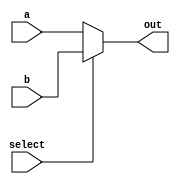
`timescale 1ns / 1ps
//////////////////////////////////////////////////////////////////////////////////
// Company: 
// Engineer: 
// 
// Design Name: 
// Module Name: mux
// Project Name: 
// Target Devices: 
// Tool Versions: 
// Description: 
// 
// Dependencies: 
// 
// Revision:
// Revision 0.01 - File Created
// Additional Comments:
// 
//////////////////////////////////////////////////////////////////////////////////


module mux(a, b, select, out);

    input   a, b, select;
    output  out;
    
    reg out;
    
    always @ (a, b, select)
   
        begin 
        if (select == 0)
            begin 
            out = a;
            end
        else
            begin
            out = b;
            end 
        end

endmodule